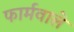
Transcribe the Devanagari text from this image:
फार्मवाले